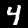
Digit: 4